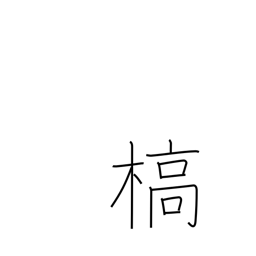
Meaning: die (vegetation)